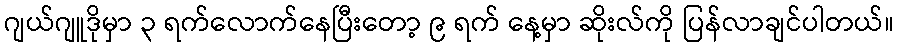
ဂျယ်ဂျူဒိုမှာ ၃ ရက်လောက်နေပြီးတော့ ၉ ရက် နေ့မှာ ဆိုးလ်ကို ပြန်လာချင်ပါတယ်။